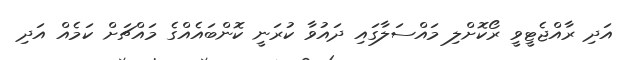
އަދި ރާއްޖެޓީވީ ރޯކޮށްލި މައްސަލާގައި ދައުވާ ކުރަނީ ކޮންބައެއްގެ މައްޗަށް ކަމެއް އަދި